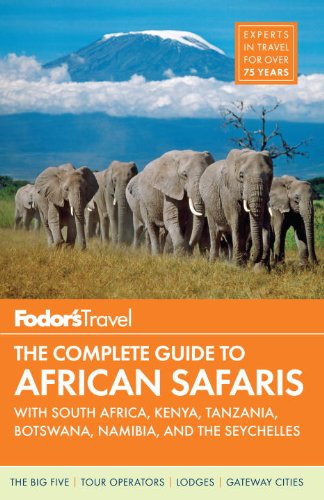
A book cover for Fodor's The Complete Guide to African Safaris: with South Africa, Kenya, Tanzania, Botswana, Namibia, and the Seychelles (Full-color Travel Guide); Fodor's; Travel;